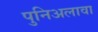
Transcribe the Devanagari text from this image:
पुनिअलावा